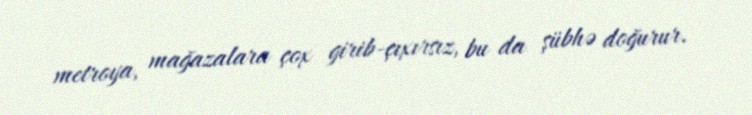
metroya, mağazalara çox girib-çıxırsız, bu da şübhə doğurur.